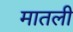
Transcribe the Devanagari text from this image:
मातली